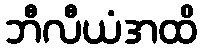
ဘီလီယံအထိ